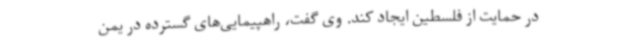
در حمایت از فلسطین ایجاد کند. وی گفت، راهپیمایی‌های گسترده در یمن